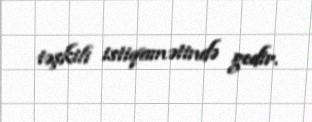
təşkili istiqamətində gedir.